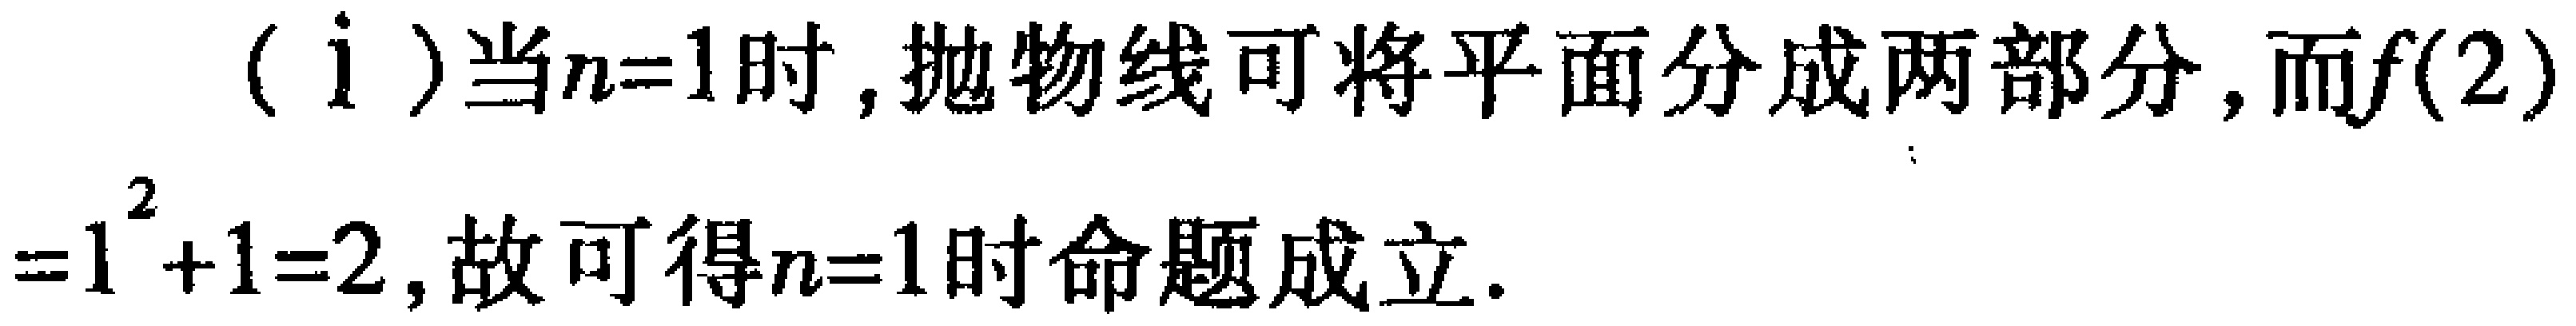
(i)当\(n = 1\)时,抛物线可将平面分成两部分,而\(f(2)\)
\(=1^{2}+1 = 2\),故可得\(n = 1\)时命题成立.